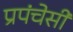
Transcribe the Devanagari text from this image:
प्रपंचेसी